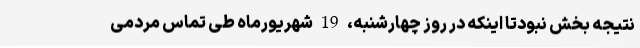
نتیجه بخش نبودتا اینکه در روز چهارشنبه، 19 شهریورماه طی تماس مردمی